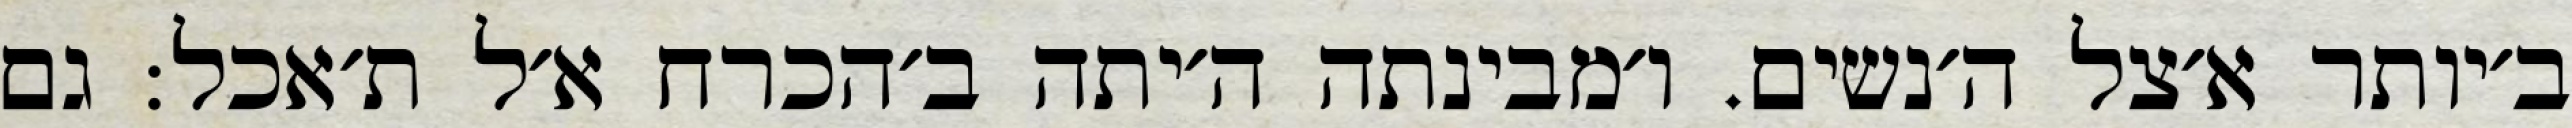
ב׳יותר א׳צל ה׳נשים. ו׳מבינתה ה׳יתה ב׳הכרח א׳ל ת׳אכל: גם